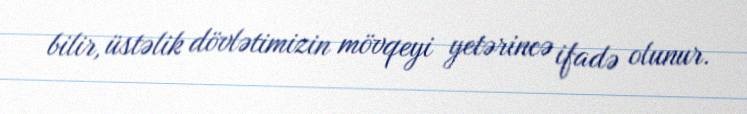
bilir, üstəlik dövlətimizin mövqeyi yetərincə ifadə olunur.